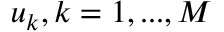
u _ { k } , k = 1 , . . . , M